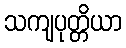
သကျပုတ္တိယာ